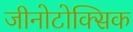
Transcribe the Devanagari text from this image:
जीनोटोक्सिक